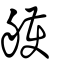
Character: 艧